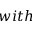
w i t h